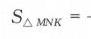
$S_{\triangle MNK}=$